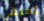
المخفي